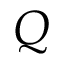
Q